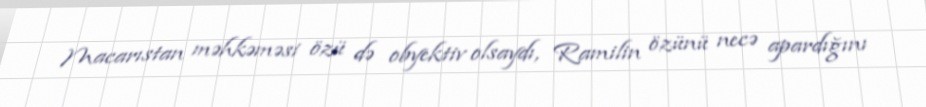
Macarıstan məhkəməsi özü də obyektiv olsaydı, Ramilin özünü necə apardığını